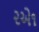
૨એ૧